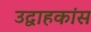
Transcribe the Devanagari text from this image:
उद्वाहकांस